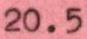
20.5